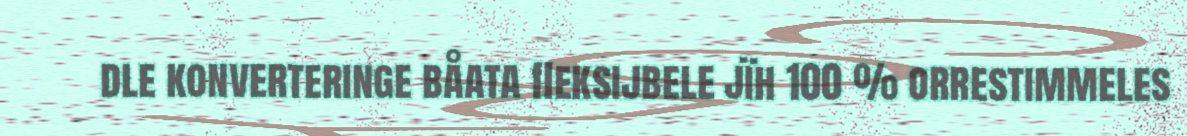
dle konverteringe båata fleksijbele jïh 100 % orrestimmeles